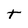
Character: t